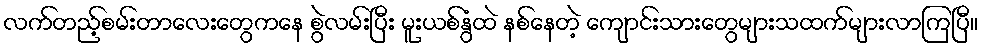
လက်တည့်စမ်းတာလေးတွေကနေ စွဲလမ်းပြီး မူးယစ်နွံထဲ နစ်နေတဲ့ ကျောင်းသားတွေများသထက်များလာကြပြီ။